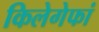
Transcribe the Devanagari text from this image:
किलेगेफां